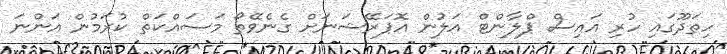
ހިތަދޫގައި ހުރި އައިސް ޕްލާންޓް އަލުން އޮޕަރޭޝަނަށް ގެނެވޭތޯ މަސައްކަތް ކުރަމުން އަންނަ